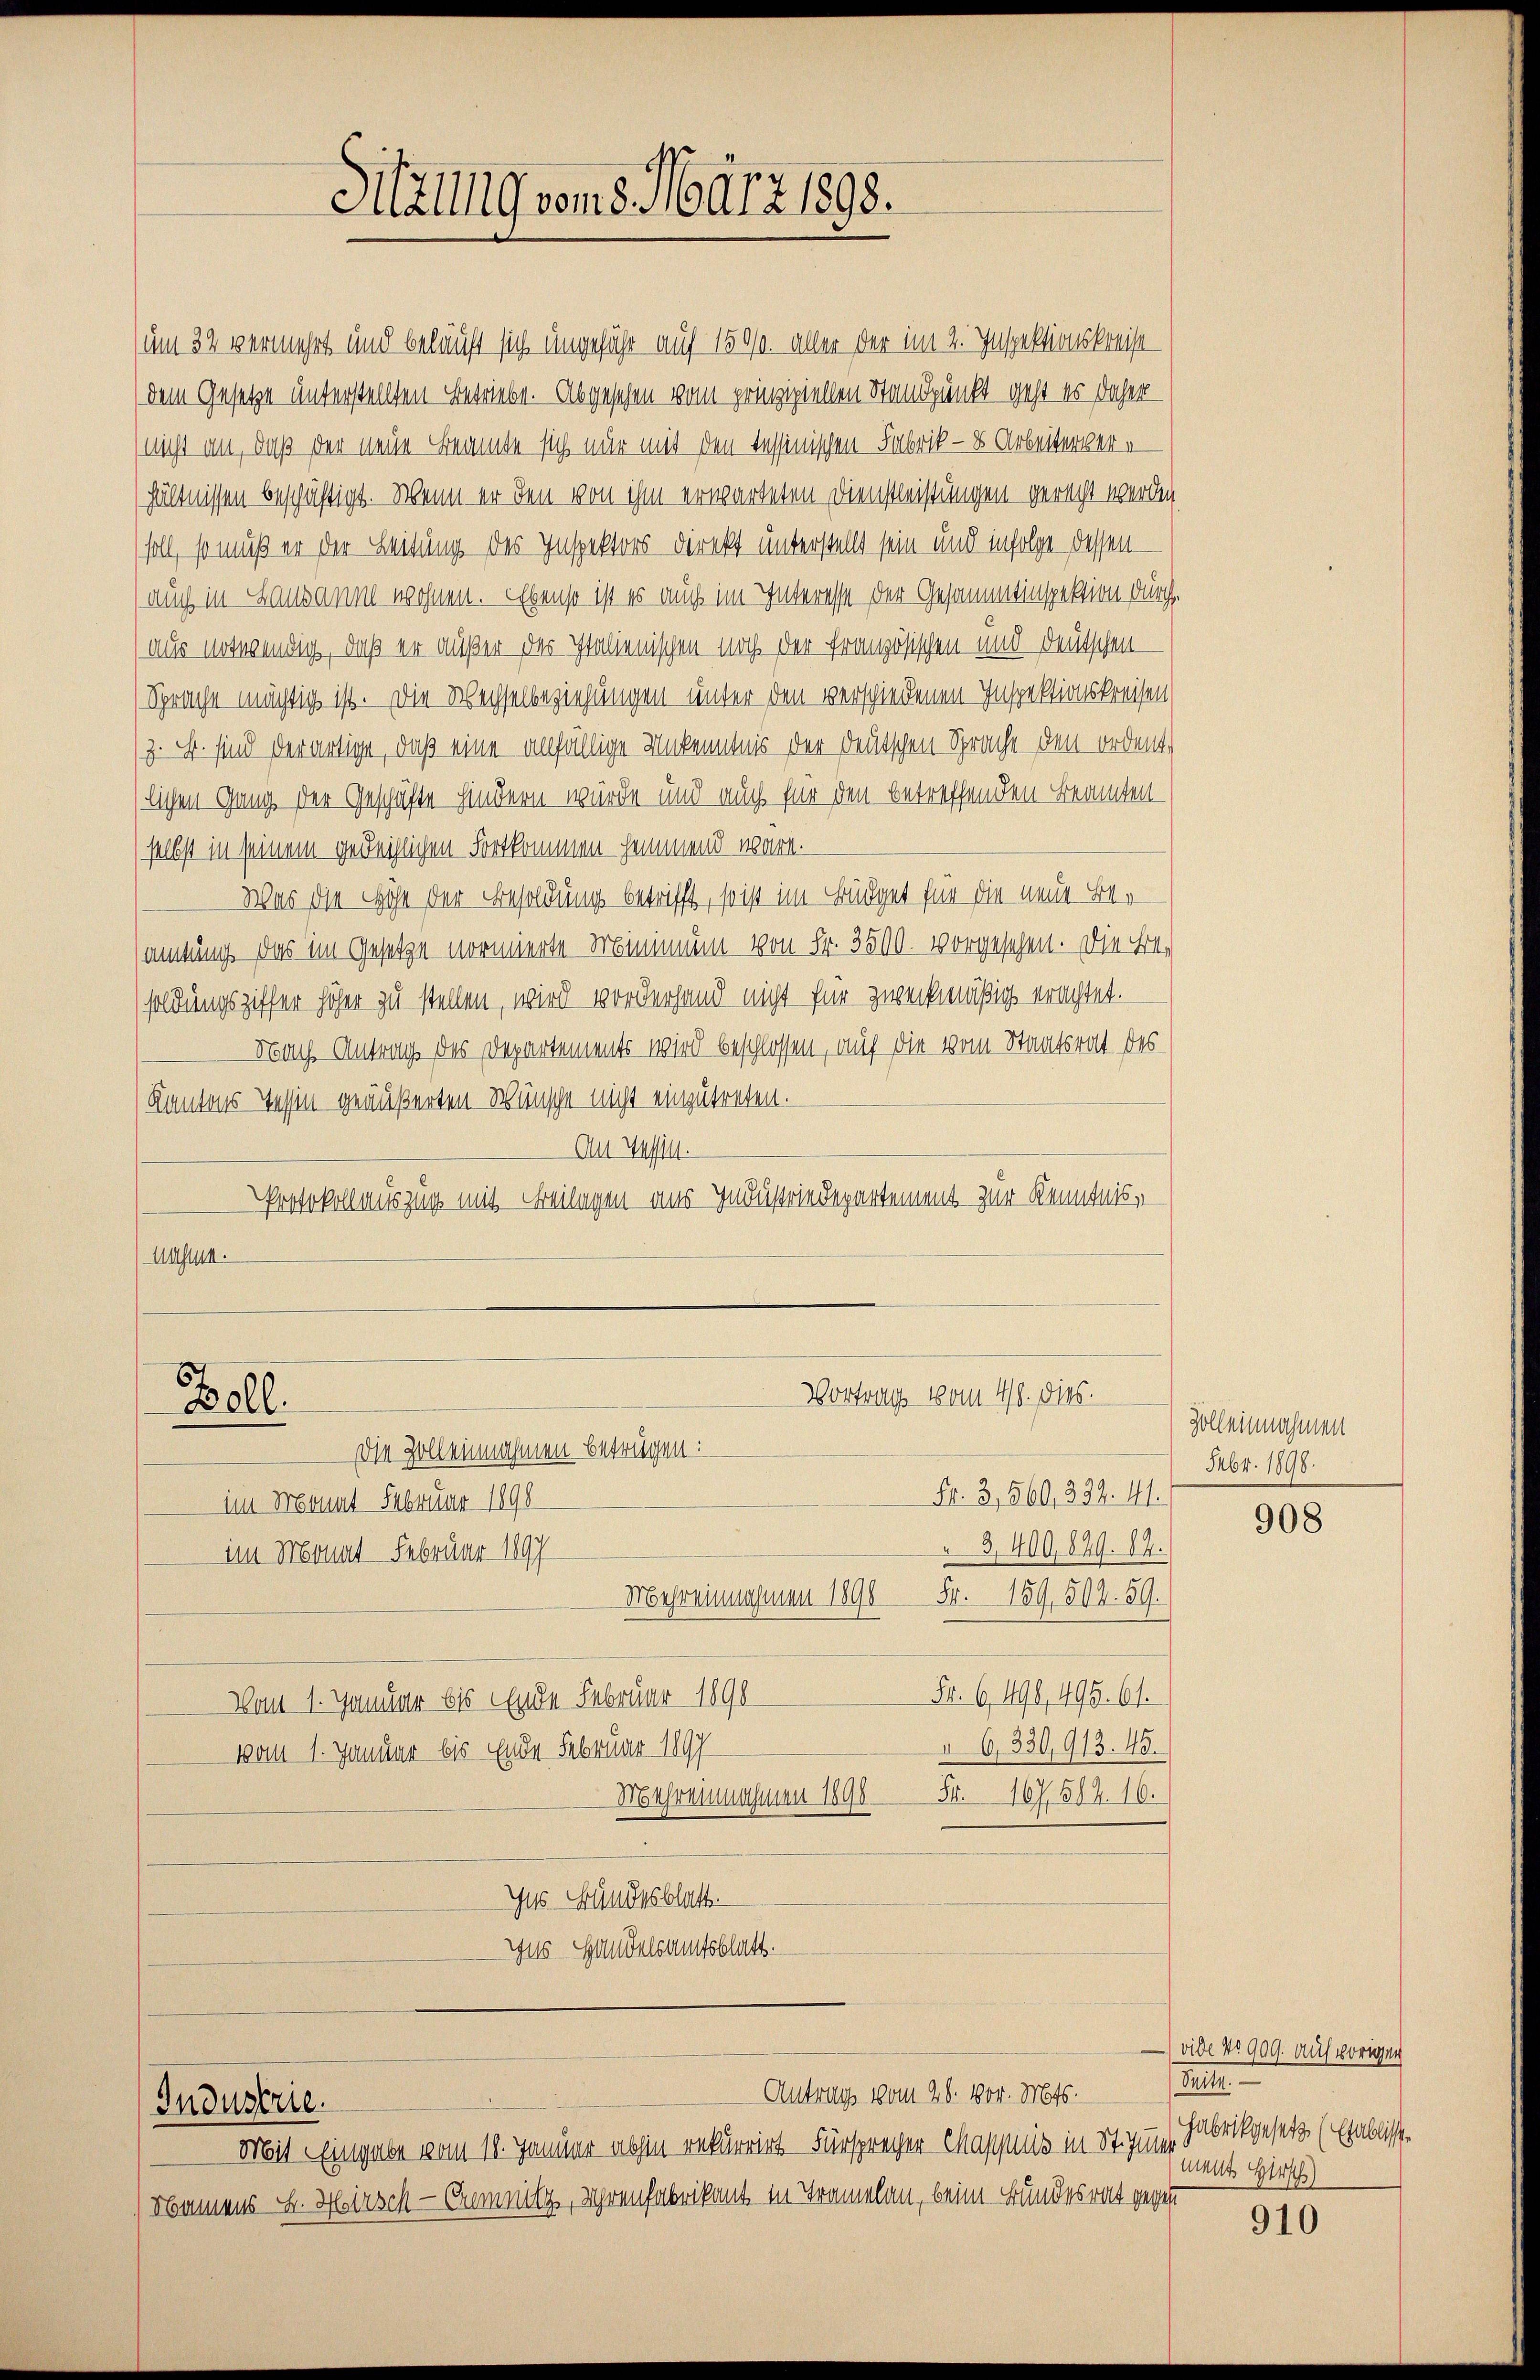
um 32 vermehrt und belauft sich ungeführ auf 1500. aller der im 2. Inspektionskreise
dem Gesetze unterstellten Betriebe. Abgesehen vom prinzipiellen Standpunkt geht es daher
(nicht an, daß der neue Beamte sich nur mit den Tessinischen Fabrik — 8 Arbeiterer e
hältnissen beschäftigt. Wenn er den von ihm erwarteten Dienstleistungen gerecht werden
soll, so muß er der Leitung des Inspektors direkt unterstellt sein und infolge dessen
(auch in Lausanne wohnen. Ebenso ist es auch im Interesse der Gesammtinspektion durch
(aus notwendig, daß er außer der Italienischen noch der französischen und Deutschen
Sprache mächtig ist. Die Wechselbeziehungen unter den verschiedenen Inspektionskreisen,
(z. B. sind derartige, daß eine anfällige Unkenntnis der deutschen Sprache den ordentlichen Gang der Geschäfte hindern würde und auch für den betreffenden Beamten
selbst in seinem gedeihlichen Fortkommen hemmend wäre.
Was die Höhe der Besoldung betrifft, so ist im Büdget für die neue Be-
samtung das im Gesetze vormierte Minimum von Fr. 3500. vorgesehen. Die Erb-
soldungsziffer höher zu stellen, wird vorderhand nicht für zweckmäßig erachtet.
Nach Antrag des Departements wird beschlossen, auf die vom Staatsrat des
Kantons Tessin geäußerten Wünsche nicht einzutreten.
An Wasselt.
Protokollauszug mit Freilagen aus Industriedepartement zur Kenntnis,
Ausna

Bell

Industrie.

Sitzung vom 8. März 1898.

Vortrags vom 4. dies.
Die Zoll einnahmen betrügen:

Antrag vom 28. vor. Mts.

Mit Eingabe vom 18. Januar abhin rekurrirt. Fürsprecher Maschnis in St. Jung
Namens u. Hirsch — Cremnitz, Uhrenfabrikant in Tramelan, beim Bundesrat gegen

Fr. 3, 560, 322. 441.
im Donat Februar 1890
3,400, 829. 82.
im Monat Februar 1897
Mehreinnahmen 1890 Fr. 159, 502. 59.
Fr. 6. 198, 495. 61.
Vom 1. Januar bis Ende Februar 1890
§ 6, 330,913. 45.
vom 1. Januar bis Ende Februar 1897
MUhreinnahmen 1898 54. 167, 502. 16.
Ges. Bundesblatt.
Gus Handelsamtsblatt.

Zoll einnahmen
Febr. 1898.

908

) vide No 909. auf vorigen
.
Fabrikgesetz (Etablisse
ment Hersch

910